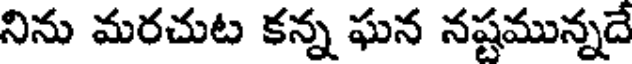
నిను మరచుట కన్న ఘన నష్టమున్నదే